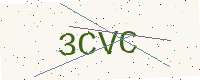
Text: 3CVC